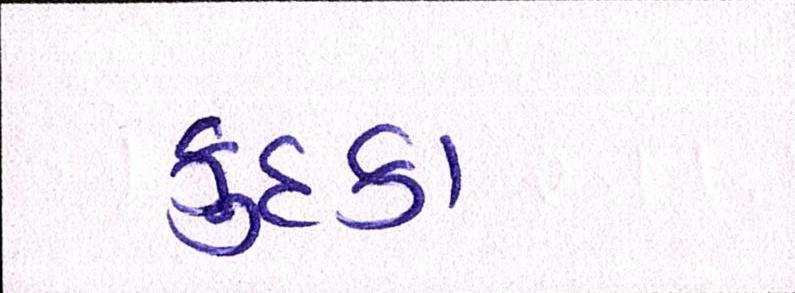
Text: કુદકા